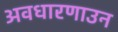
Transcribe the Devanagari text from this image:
अवधारणाउन